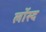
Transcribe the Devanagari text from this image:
लॉस्द